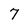
Character: 7